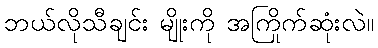
ဘယ်လိုသီချင်း မျိုးကို အကြိုက်ဆုံးလဲ။